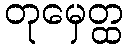
တုမှေတ္ထ